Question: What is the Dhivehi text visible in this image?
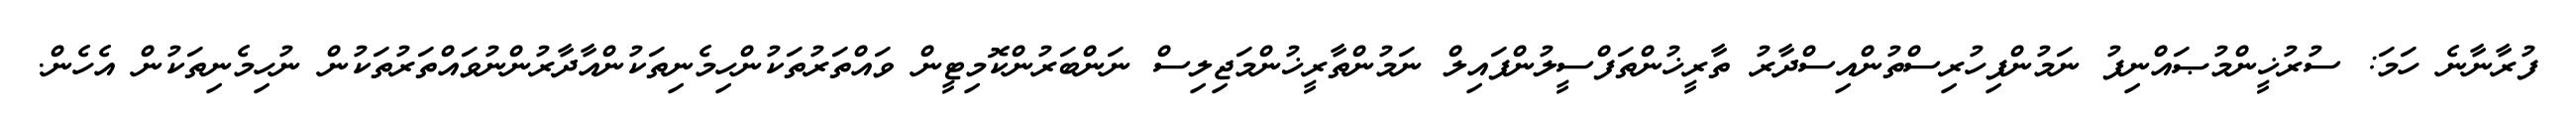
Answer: ފުރާނާނެ ހަމަ: ސުރުޚީންމުޞައްނިފު ނަމުންފިހުރިސްތުންއިސްދާރު ތާރީޚުންތަފްސީލުންފައިލް ނަމުންތާރީޚުންމަޖިލިސް ނަންބަރުންކޮމިޓީން ވައްތަރުތަކުންހިމެނިތަކުންއާދާރުންނުވައްތަރުތަކުން ނުހިމެނިތަކުން އެހެން.